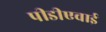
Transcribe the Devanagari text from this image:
पीडीएवाई